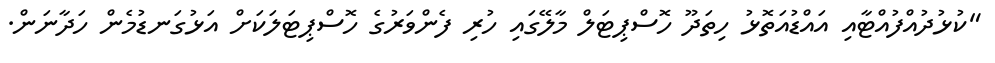
"ކުޅުދުއްފުއްޓާއި އައްޑުއަތޮޅު ހިތަދޫ ހޮސްޕިޓަލް މާލޭގައި ހުރި ފެންވަރުގެ ހޮސްޕިޓަލަކަށް އަޅުގަނޑުމެން ހަދާނަން.